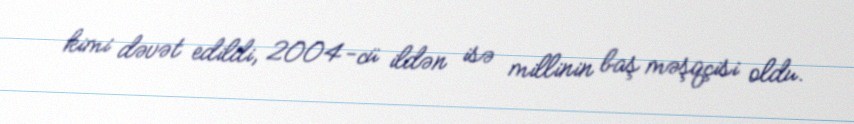
kimi dəvət edildi, 2004-cü ildən isə millinin baş məşqçisi oldu.